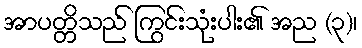
အာပတ္တိသည် ကြွင်းသုံးပါး၏ အည (၃)၊